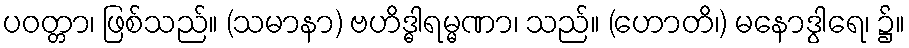
ပဝတ္တာ၊ ဖြစ်သည်။ (သမာနာ) ဗဟိဒ္ဓါရမ္မဏာ၊ သည်။ (ဟောတိ၊) မနောဒွါရေ၊ ၌။